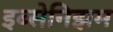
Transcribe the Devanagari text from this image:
इब्सेनिझम